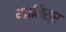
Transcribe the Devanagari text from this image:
था।मिस्र